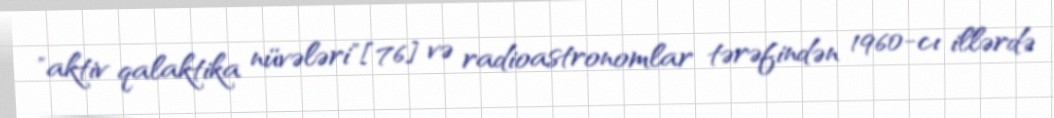
"aktiv qalaktika nüvələri"[76] və radioastronomlar tərəfindən 1960-cı illərdə